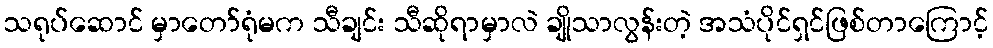
သရုပ်ဆောင် မှာတော်ရုံမက သီချင်း သီဆိုရာမှာလဲ ချိုသာလွန်းတဲ့ အသံပိုင်ရှင်ဖြစ်တာကြောင့်